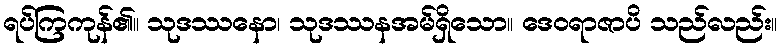
ရပ်ကြကုန်၏။ သုဒဿနော၊ သုဒဿနအမ်ရှိသော။ ဒေဝရာဇာပိ သည်လည်း။